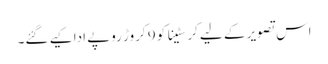
اس تصویر کے لیے کرسٹینا کو 9 کروڑ روپے ادا کیے گئے۔